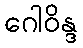
ဂေါဝိန္ဒ